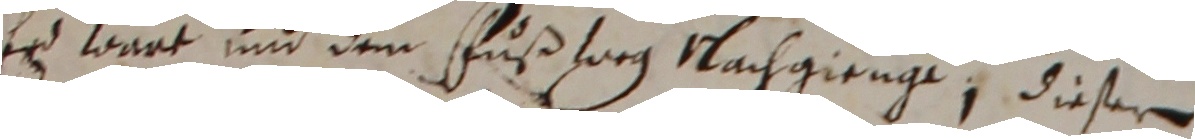
Es wart und dem fußforg nachgienge, dieser